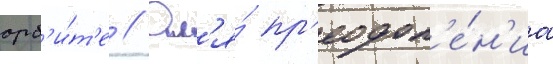
орб'и́т'е // Дл'я́ пр'еодол'е́н'иа